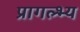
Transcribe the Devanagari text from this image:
प्रागल्भ्य